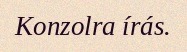
Konzolra írás.